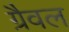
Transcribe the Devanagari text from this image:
ग्रैवल